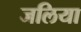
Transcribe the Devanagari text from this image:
जलिया